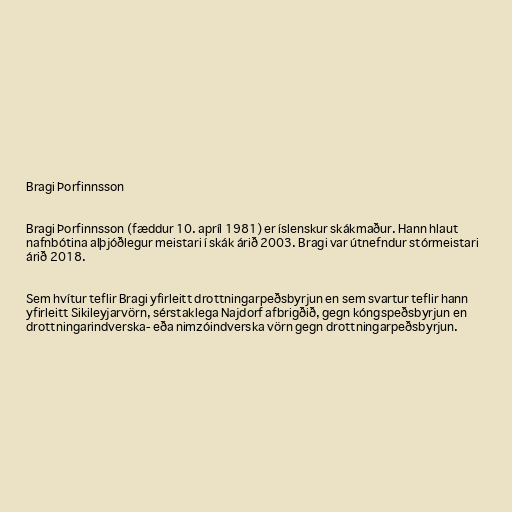
Bragi Þorfinnsson

Bragi Þorfinnsson (fæddur 10. apríl 1981) er íslenskur skákmaður. Hann hlaut
nafnbótina alþjóðlegur meistari í skák árið 2003. Bragi var útnefndur stórmeistari
árið 2018.

Sem hvítur teflir Bragi yfirleitt drottningarpeðsbyrjun en sem svartur teflir hann
yfirleitt Sikileyjarvörn, sérstaklega Najdorf afbrigðið, gegn kóngspeðsbyrjun en
drottningarindverska- eða nimzóindverska vörn gegn drottningarpeðsbyrjun.